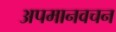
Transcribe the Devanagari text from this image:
अपमानवचन